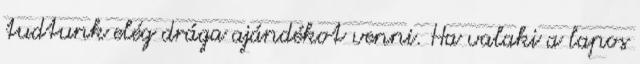
tudtunk elég drága ajándékot venni. Ha valaki a lapos